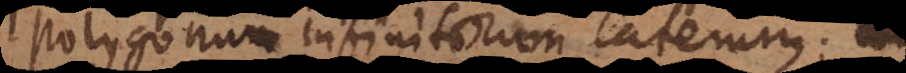
polygonum infinitorum laterum; con